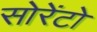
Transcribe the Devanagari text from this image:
सोरेंटो